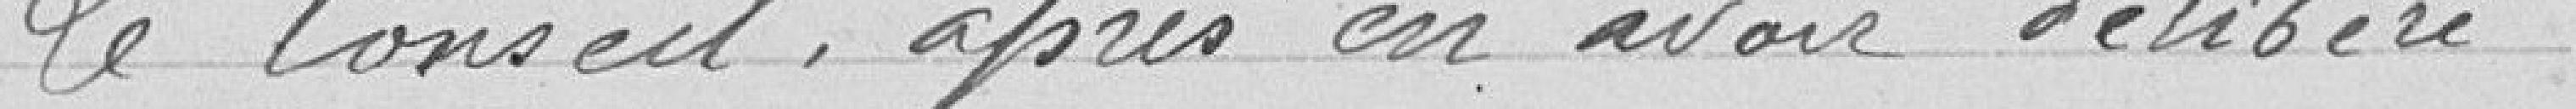
Le Conseil, après en avoir délibéré,